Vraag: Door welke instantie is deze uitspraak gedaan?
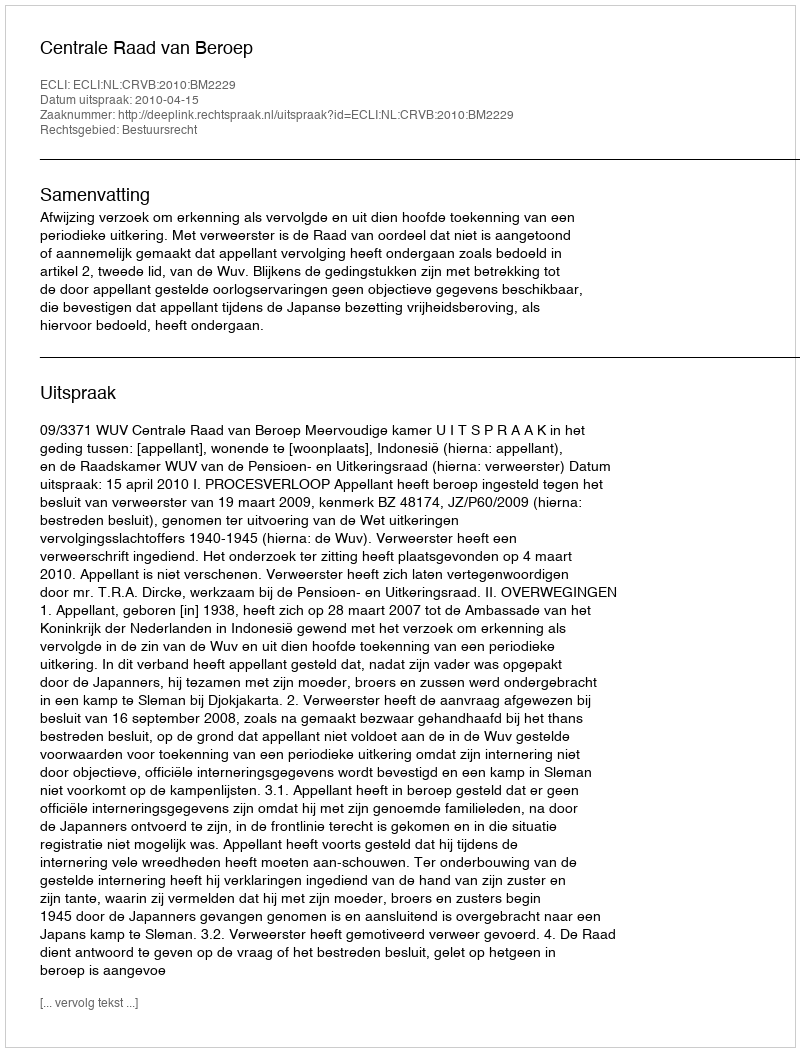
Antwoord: Centrale Raad van Beroep